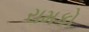
રામકો